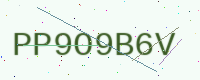
Text: PP9O9B6V